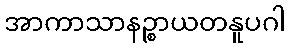
အာကာသာနဉ္စာယတနူပဂါ